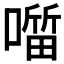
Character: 𭋖